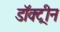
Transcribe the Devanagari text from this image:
डॉक्ट्रीन